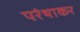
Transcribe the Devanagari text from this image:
परंथाकर